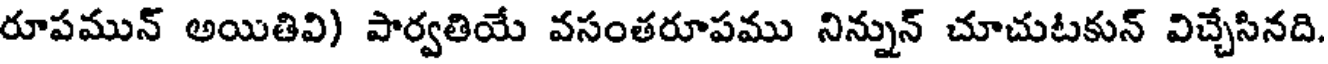
రూపమున్ అయితివి) పార్వతియే వసంతరూపము నిన్నున్ చూచుటకున్ విచ్చేసినది